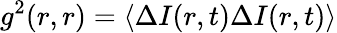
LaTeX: g^{2}(r,r)=\langle\Delta I(r,t)\Delta I(r,t)\rangle